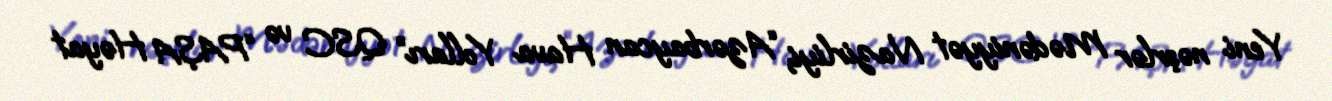
Yeni nəşrlər Mədəniyyət Nazirliyi, “Azərbaycan Hava Yolları” QSC və “PAŞA Həyat